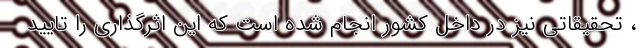
، تحقیقاتی نیز در داخل کشور انجام شده است که این اثرگذاری را تایید